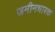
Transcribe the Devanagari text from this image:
जमीनधारक